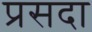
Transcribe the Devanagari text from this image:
प्रसदा